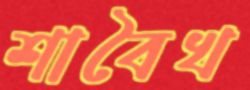
শাবৈখ